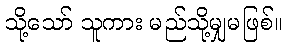
သို့သော် သူကား မည်သို့မျှမဖြစ်။